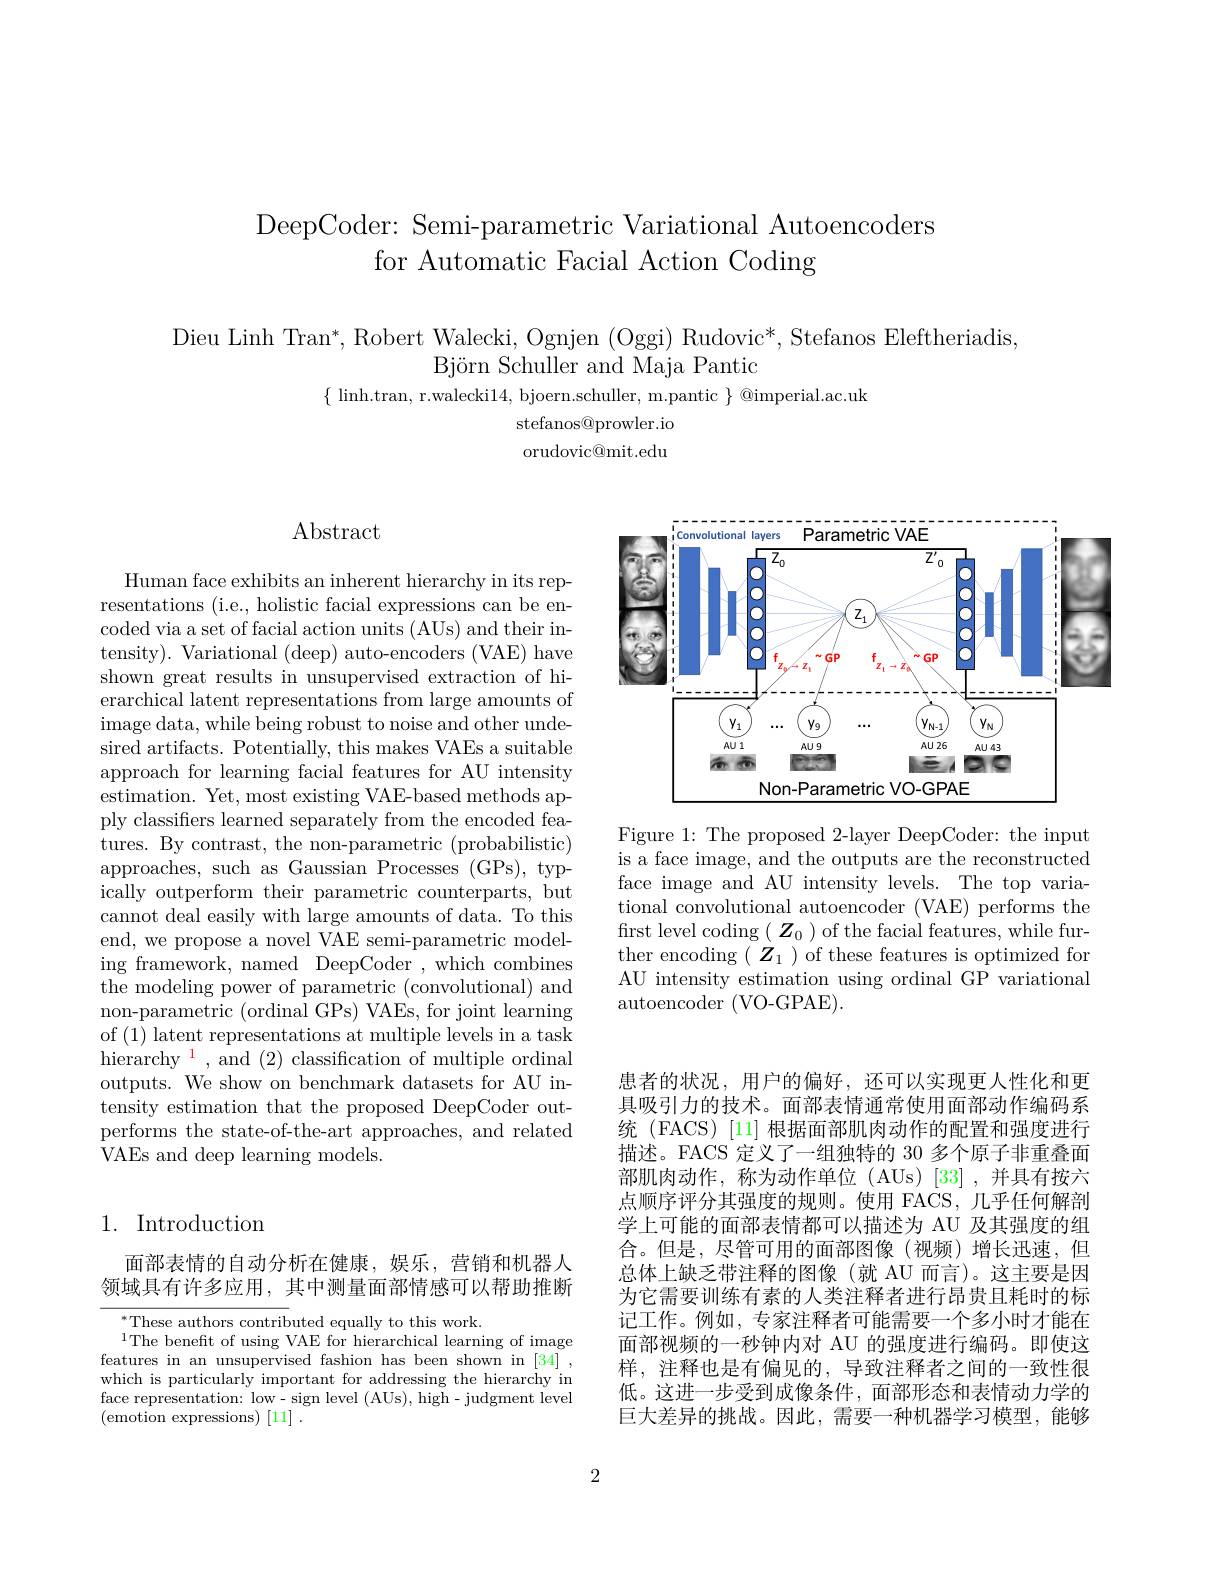
DeepCoder: Semi-parametric Variational Autoencoders
for Automatic Facial Action Coding

Dieu Linh Tran*, Robert Walecki, Ognjen (Oggi) Rudovic*, Stefanos Eleftheriadis,
Björn Schuller and Maja Pantic

$\{$ linh.tran, r.walecki14, bjoern.schuller, m.pantic $\}$ @imperial.ac.uk
stefanos@prowler.io orudovic@mit.edu

## Abstract

Human face exhibits an inherent hierarchy in its representations (i.e., holistic facial expressions can be encoded via a set of facial action units (AUs) and their intensity). Variational (deep) auto-encoders (VAE) have shown great results in unsupervised extraction of hierarchical latent representations from large amounts of image data, while being robust to noise and other undesired artifacts. Potentially, this makes VAEs a suitable approach for learning facial features for AU intensity estimation. Yet, most existing VAE-based methods apply classifiers learned separately from the encoded features. By contrast, the non-parametric (probabilistic) approaches, such as Gaussian Processes (GPs), typically outperform their parametric counterparts, but $\tilde{\text{cannot deal easily with large amounts of data. To this}}$ end, we propose a novel VAE semi-parametric modeling framework, named DeepCoder , which combines the modeling power of parametric (convolutional) and non-parametric (ordinal GPs) VAEs, for joint learning of (1) latent representations at multiple levels in a task ${\mathrm{hierarchy}^{1}},{\mathrm{~and~}}(2){\mathrm{~classification~of~multiple~ordinal}}$ outputs. We show on benchmark datasets for AU in- $\dot{\text{tensity estimation that the proposed DeepCoder out-}}$ performs the state-of-the-art approaches, and related VAEs and deep learning models.

## 1. Introduction

面部表情的自动分析在健康，娱乐，营销和机器人领域具有许多应用，其中测量面部情感可以帮助推断

$^{*}$These authors contributed equally to this work.
$^{1}$The benefit of using VAE for hierarchical learning of image features in an unsupervised fashion has been shown in [34] , which is particularly important for addressing the hierarchy in face representation: low- sign level (AUs), high- judgment level (emotion expressions)[11].

<FigureHere>

Figure 1: The proposed 2-layer DeepCoder: the input is a face image, and the outputs are the reconstructed face image and AU intensity levels. The top variational convolutional autoencoder (VAE) performs the $\begin{array}{l}{\mathrm{first~level~coding~(~Z_{0}~)~of~the~facial~features,~while~fur-}}\\{\mathrm{ther~encoding~(~Z_{1}~)~of~these~features~is~optimized~for}}\end{array}$ AU intensity estimation using ordinal GP variational autoencoder (VO-GPAE).

患者的状况，用户的偏好，还可以实现更人性化和更具吸引力的技术。面部表情通常使用面部动作编码系统(FACS)[11]根据面部肌肉动作的配置和强度进行描述。FACS 定义了一组独特的 30 多个原子非重叠面部肌肉动作，称为动作单位(AUs)[33],并具有按六点顺序评分其强度的规则。使用 FACS,几乎任何解剖学上可能的面部表情都可以描述为 AU 及其强度的组合。但是，尽管可用的面部图像(视频)增长迅速，但总体上缺乏带注释的图像(就 AU 而言)。这主要是因为它需要训练有素的人类注释者进行昂贵且耗时的标记工作。例如，专家注释者可能需要一个多小时才能在面部视频的一秒钟内对 AU 的强度进行编码。即使这样，注释也是有偏见的，导致注释者之间的一致性很低。这进一步受到成像条件，面部形态和表情动力学的巨大差异的挑战。因此，需要一种机器学习模型，能够

2